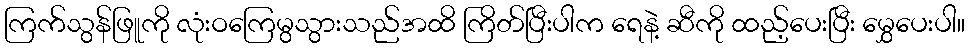
ကြက်သွန်ဖြူကို လုံးဝကြေမွသွားသည်အထိ ကြိတ်ပြီးပါက ရေနဲ့ ဆီကို ထည့်ပေးပြီး မွှေပေးပါ။